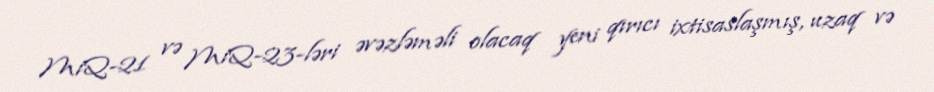
MiQ-21 və MiQ-23-ləri əvəzləməli olacaq yeni qırıcı ixtisaslaşmış, uzaq və